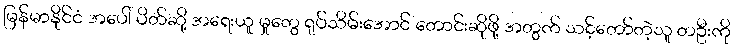
မြန်မာနိုင်ငံ အပေါ် ပိတ်ဆို့ အရေးယူ မှုတွေ ရုပ်သိမ်းအောင် တောင်းဆိုဖို့ အတွက် သင့်တော်တဲ့သူ တဦးကို